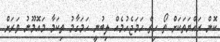
ކޮން ރައްޔަތަކަށް ތޯ ހިތް ހަމަޖެހުމެއް ލިބުނީ ހަމަގާމު ތިކަމާ މައޮމޫނު ވަރަށް